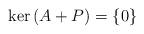
LaTeX: \begin{align*}\ker \left( A+P\right) =\left\{ 0\right\} \end{align*}